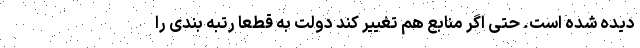
دیده شده است. حتی اگر منابع هم تغییر کند دولت به قطعا رتبه بندی را